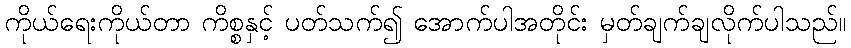
ကိုယ်ရေးကိုယ်တာ ကိစ္စနှင့် ပတ်သက်၍ အောက်ပါအတိုင်း မှတ်ချက်ချလိုက်ပါသည်။